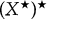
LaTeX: ( X ^ { \star } ) ^ { \star }